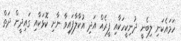
ހަމައެކަނި ލިބެނީ ދުނިކީހަކާއި ފީރެއް އަދި އުކާލާފައިވާ ނާށި ކޮޅަކާއި ގައިދީން ދަތް